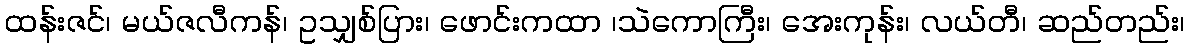
ထန်းဇင်၊ မယ်ဇလီကန်၊ ဥသျှစ်ပြား၊ ဖောင်းကထာ ၊သဲကောကြီး၊ အေးကုန်း၊ လယ်တီ၊ ဆည်တည်း၊